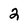
Character: 2